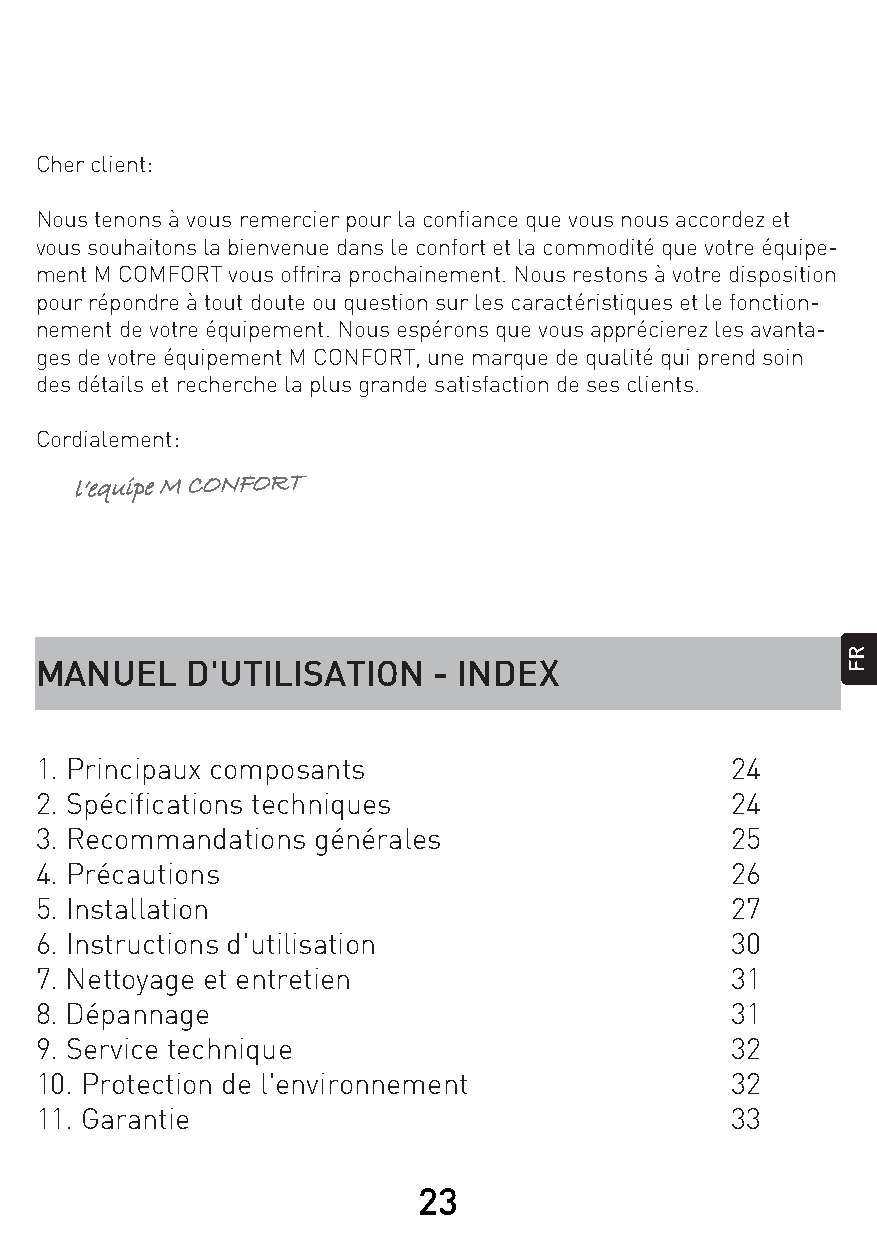
Cher client:
 Nous tenons à vous remercier pour la confiance que vous nous accordez et
 vous souhaitons la bienvenue dans le confort et la commodité que votre équipe-
 ment M COMFORT vous offrira prochainement. Nous restons à votre disposition
 pour répondre à tout doute ou question sur les caractéristiques et le fonction-
 nement de votre équipement. Nous espérons que vous apprécierez les avanta-
 ges de votre équipement M CONFORT, une marque de qualité qui prend soin
 des détails et recherche la plus grande satisfaction de ses clients.
 Cordialement:
 MANUEL    D'UTILISATION    - INDEX
 1. Principaux composants                      24
 2. Spécifications techniques                  24
 3. Recommandations générales                  25
 4. Précautions                                26
 5. Installation                               27
 6. Instructions d'utilisation                 30
 7. Nettoyage et entretien                     31
 8. Dépannage                                  31
 9. Service technique                          32
 10. Protection de l'environnement             32
 11. Garantie                                  33
 23
 ll ee’’ qq uu ii pp ee MM CC OO NN FF OO RR TT